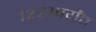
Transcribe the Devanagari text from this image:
१२२१पर्यंत